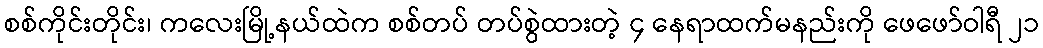
စစ်ကိုင်းတိုင်း၊ ကလေးမြို့နယ်ထဲက စစ်တပ် တပ်စွဲထားတဲ့ ၄ နေရာထက်မနည်းကို ဖေဖော်ဝါရီ ၂၁